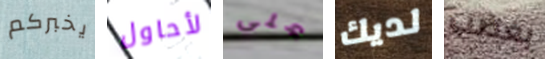
يخبركم لأحاول على لديك بغضب